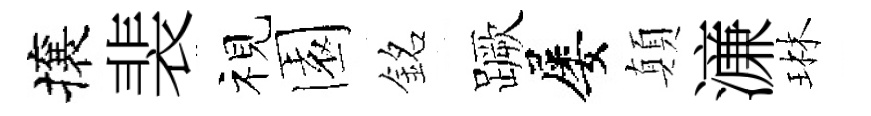
攘裴视園銘蹶屡顛濓琳